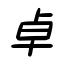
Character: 卓